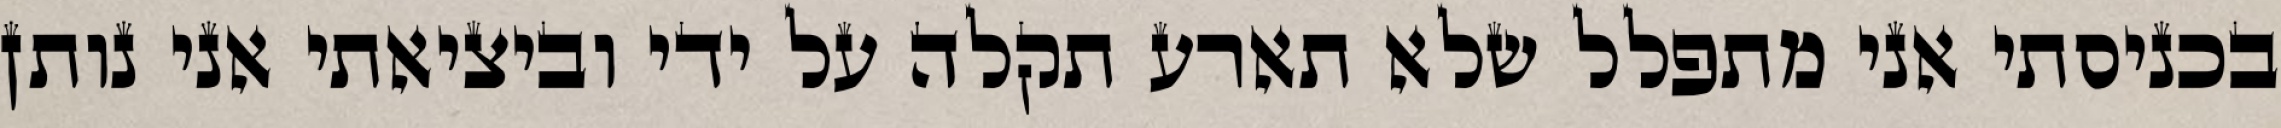
בכניסתי אני מתפלל שלא תארע תקלה על ידי וביציאתי אני נותן